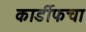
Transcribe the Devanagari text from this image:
कार्डीफचा